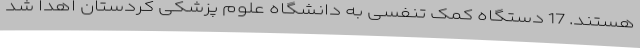
هستند. 17 دستگاه کمک تنفسی به دانشگاه‌ علوم پزشکی کردستان اهدا شد